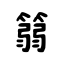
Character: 篛